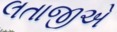
લતાજીએ